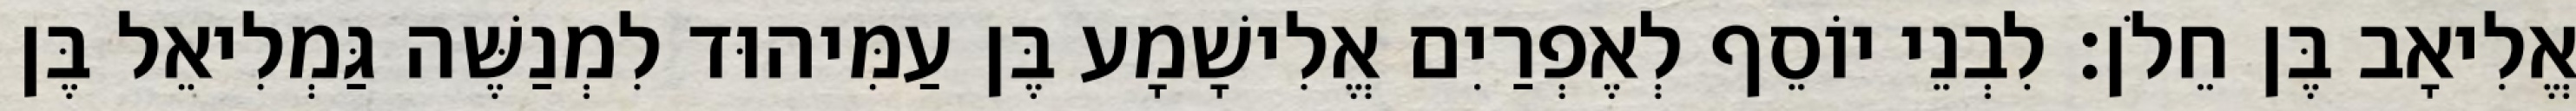
אֱלִיאָב בֶּן חֵלֹן׃ לִבְנֵי יוֹסֵף לְאֶפְרַיִם אֱלִישָׁמָע בֶּן עַמִּיהוּד לִמְנַשֶּׁה גַּמְלִיאֵל בֶּן